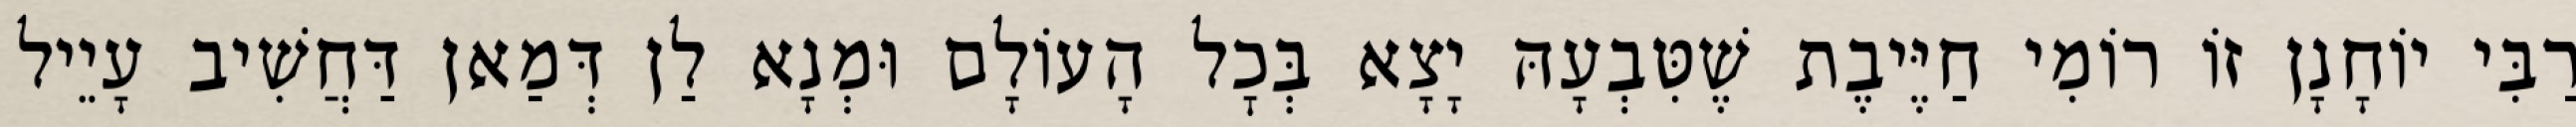
רַבִּי יוֹחָנָן זוֹ רוֹמִי חַיֶּיבֶת שֶׁטִּבְעָהּ יָצָא בְּכׇל הָעוֹלָם וּמְנָא לַן דְּמַאן דַּחֲשִׁיב עָיֵיל